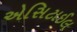
એસિટાઈલ